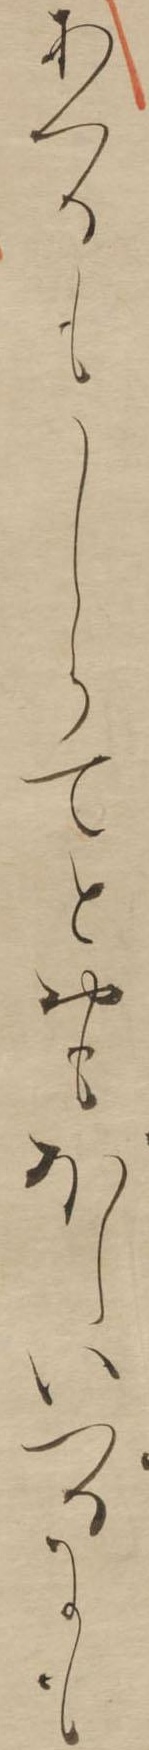
あくるもしらてとおもほしいつるにも